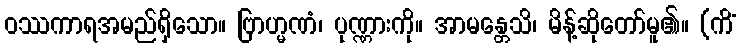
ဝဿကာရအမည်ရှိသော။ ဗြာဟ္မဏံ၊ ပုဏ္ဏားကို။ အာမန္တေသိ၊ မိန့်ဆိုတော်မူ၏။ (ကိံ